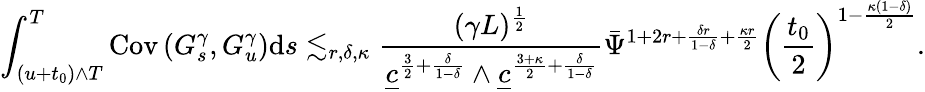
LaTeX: \int_{(u+t_{0})\wedge T}^{T}\mathrm{Cov}\left(G_{s}^{\gamma},G_{u}^{\gamma}\right)\mathrm{d}s\lesssim_{r,\delta,\kappa}\frac{(\gamma L)^{\frac{1}{2}}}{\underline{{c}}^{\frac{3}{2}+\frac{\delta}{1-\delta}}\wedge\underline{{c}}^{\frac{3+\kappa}{2}+\frac{\delta}{1-\delta}}}\bar{\Psi}^{1+2r+\frac{\delta r}{1-\delta}+\frac{\kappa r}{2}}\left(\frac{t_{0}}{2}\right)^{1-\frac{\kappa(1-\delta)}{2}}.